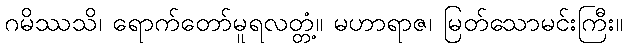
ဂမိဿသိ၊ ရောက်တော်မူရလတ္တံ့။ မဟာရာဇ၊ မြတ်သောမင်းကြီး။